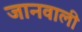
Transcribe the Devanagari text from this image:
जानवाली